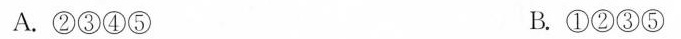
A.②③④⑤ B.①②③⑤